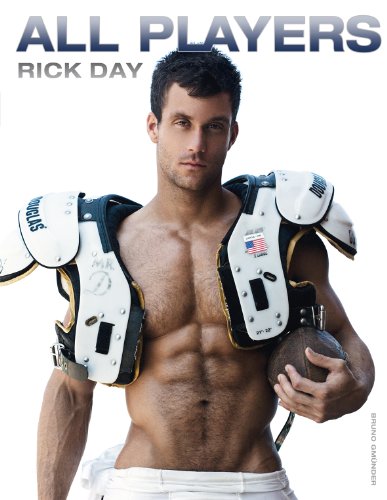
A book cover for All Players; Rick Day; Arts & Photography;